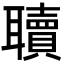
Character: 𮋿